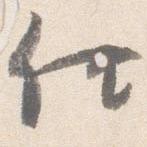
供